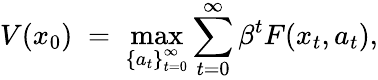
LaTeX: V(x_{0})\; =\; \operatorname*{max}_{\left\{ a_{t}\right\} _{t=0}^{\infty}}\sum_{t=0}^{\infty}\beta^{t}F(x_{t},a_{t}),